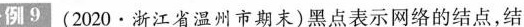
例9 (2020·浙江省温州市期末)黑点表示网络的结点，结